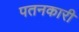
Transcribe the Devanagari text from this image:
पतनकारी